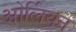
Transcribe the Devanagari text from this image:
ओर्लियन